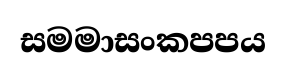
සමමාසංකපපය